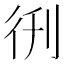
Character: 𫹑